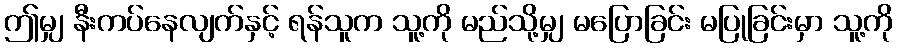
ဤမျှ နီးကပ်နေလျက်နှင့် ရန်သူက သူ့ကို မည်သို့မျှ မပြောခြင်း မပြုခြင်းမှာ သူ့ကို